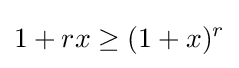
1+rx\geq (1+x)^{r}